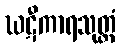
ဃဋီကာရသုတ္တံ